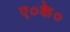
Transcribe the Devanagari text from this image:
ए०के०